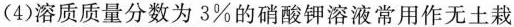
(4) 溶质质量分数为3%的硝酸钾溶液常用作无土栽